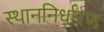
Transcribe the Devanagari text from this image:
स्थाननिर्धारण